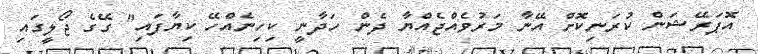
އޮޕަރޭޝަން ކުރަނިކޮށް އޭނާ މަރުވެއްޖެއްޔާ ދެން ހަދާނީ ކިހިނެއްހޭ ކިޔާފައި" ގޭގެ ޖޯލީގައި